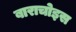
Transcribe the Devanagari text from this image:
बाराचोइस